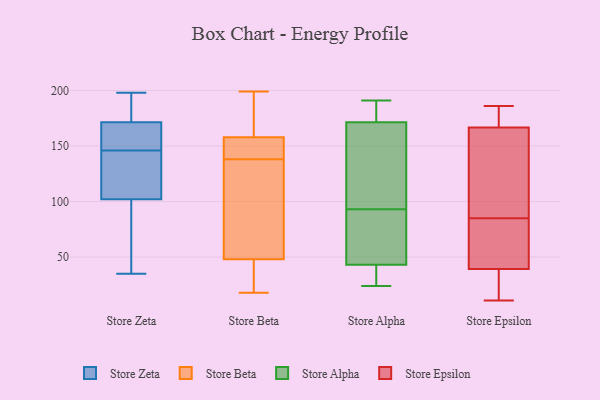
{"axis": {"x": "Inventory Turnover", "y": "Value"}, "legend": ["Store Alpha", "Store Beta", "Store Epsilon", "Store Zeta"], "data": [{"x": "", "y": 103, "type": "Store Zeta"}, {"x": "", "y": 48, "type": "Store Zeta"}, {"x": "", "y": 173, "type": "Store Zeta"}, {"x": "", "y": 198, "type": "Store Zeta"}, {"x": "", "y": 167, "type": "Store Zeta"}, {"x": "", "y": 165, "type": "Store Zeta"}, {"x": "", "y": 35, "type": "Store Zeta"}, {"x": "", "y": 101, "type": "Store Zeta"}, {"x": "", "y": 127, "type": "Store Zeta"}, {"x": "", "y": 115, "type": "Store Zeta"}, {"x": "", "y": 170, "type": "Store Zeta"}, {"x": "", "y": 185, "type": "Store Zeta"}, {"x": "", "y": 135, "type": "Store Beta"}, {"x": "", "y": 167, "type": "Store Beta"}, {"x": "", "y": 60, "type": "Store Beta"}, {"x": "", "y": 199, "type": "Store Beta"}, {"x": "", "y": 20, "type": "Store Beta"}, {"x": "", "y": 192, "type": "Store Beta"}, {"x": "", "y": 157, "type": "Store Beta"}, {"x": "", "y": 36, "type": "Store Beta"}, {"x": "", "y": 150, "type": "Store Beta"}, {"x": "", "y": 141, "type": "Store Beta"}, {"x": "", "y": 119, "type": "Store Beta"}, {"x": "", "y": 18, "type": "Store Beta"}, {"x": "", "y": 86, "type": "Store Beta"}, {"x": "", "y": 32, "type": "Store Beta"}, {"x": "", "y": 185, "type": "Store Beta"}, {"x": "", "y": 148, "type": "Store Beta"}, {"x": "", "y": 150, "type": "Store Beta"}, {"x": "", "y": 63, "type": "Store Beta"}, {"x": "", "y": 159, "type": "Store Beta"}, {"x": "", "y": 31, "type": "Store Beta"}, {"x": "", "y": 93, "type": "Store Alpha"}, {"x": "", "y": 30, "type": "Store Alpha"}, {"x": "", "y": 66, "type": "Store Alpha"}, {"x": "", "y": 191, "type": "Store Alpha"}, {"x": "", "y": 154, "type": "Store Alpha"}, {"x": "", "y": 93, "type": "Store Alpha"}, {"x": "", "y": 71, "type": "Store Alpha"}, {"x": "", "y": 173, "type": "Store Alpha"}, {"x": "", "y": 43, "type": "Store Alpha"}, {"x": "", "y": 186, "type": "Store Alpha"}, {"x": "", "y": 171, "type": "Store Alpha"}, {"x": "", "y": 24, "type": "Store Alpha"}, {"x": "", "y": 43, "type": "Store Alpha"}, {"x": "", "y": 63, "type": "Store Epsilon"}, {"x": "", "y": 171, "type": "Store Epsilon"}, {"x": "", "y": 102, "type": "Store Epsilon"}, {"x": "", "y": 11, "type": "Store Epsilon"}, {"x": "", "y": 149, "type": "Store Epsilon"}, {"x": "", "y": 175, "type": "Store Epsilon"}, {"x": "", "y": 35, "type": "Store Epsilon"}, {"x": "", "y": 74, "type": "Store Epsilon"}, {"x": "", "y": 11, "type": "Store Epsilon"}, {"x": "", "y": 85, "type": "Store Epsilon"}, {"x": "", "y": 141, "type": "Store Epsilon"}, {"x": "", "y": 154, "type": "Store Epsilon"}, {"x": "", "y": 30, "type": "Store Epsilon"}, {"x": "", "y": 35, "type": "Store Epsilon"}, {"x": "", "y": 178, "type": "Store Epsilon"}, {"x": "", "y": 174, "type": "Store Epsilon"}, {"x": "", "y": 56, "type": "Store Epsilon"}, {"x": "", "y": 52, "type": "Store Epsilon"}, {"x": "", "y": 186, "type": "Store Epsilon"}]}